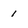
Character: 1